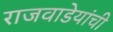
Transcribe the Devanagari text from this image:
राजवाडेयांची